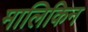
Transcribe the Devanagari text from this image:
मालिकिन